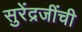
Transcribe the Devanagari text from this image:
सुरेंद्रजींची